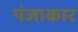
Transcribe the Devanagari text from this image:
पंजाकार